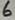
Text: 6